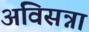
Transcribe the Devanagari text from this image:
अविसन्ना